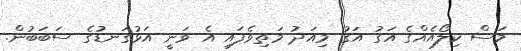
މަސް ކިލޯއެއްގެ އަގު އަގު މިއަދު މަތިވެފައި އެ ވަނީ އަޅުގަނޑުގެ ސަބަބުން.